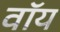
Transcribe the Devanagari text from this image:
वॉय